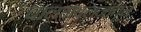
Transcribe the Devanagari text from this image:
चालनवलनातून